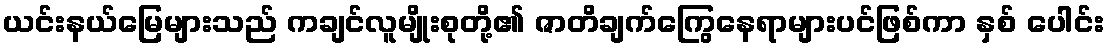
ယင်းနယ်မြေများသည် ကချင်လူမျိုးစုတို့၏ ဇာတိချက်ကြွေနေရာများပင်ဖြစ်ကာ နှစ် ပေါင်း